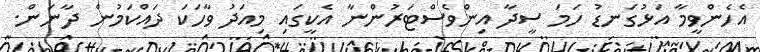
އެހެންވީމާ އަޅުގަނޑު ހަމަ ސީދާ އިންވެސްޓަރުންނާ އެކީގައި މިއަދު ވާހަކަ ދައްކަމުން ދާނަން.